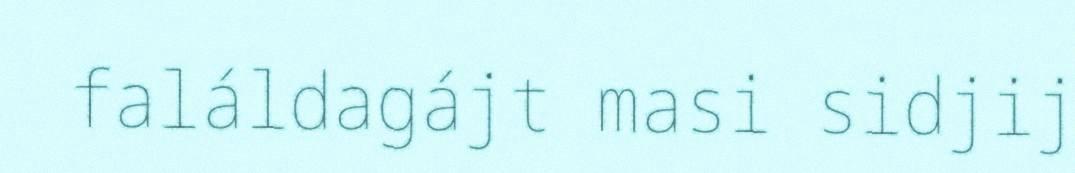
faláldagájt masi sidjij